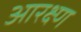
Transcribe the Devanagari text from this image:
आरक्ष्ण